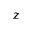
z